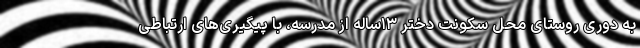
به دوری روستای محل سکونت دختر ۱۳ساله از مدرسه، با پیگیری‌های ارتباطی